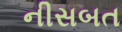
નીસબત